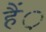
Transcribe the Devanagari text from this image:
हैं़